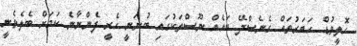
ހޮލީވުޑް ހަބަރުތައް ގެނެސްދޭ ބައެއް ނޫސްތަކުގައި ބުނަނީ ހެރީ ފެންނާނެ ކަމަށް ބެލެވެނީ